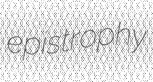
epistrophy